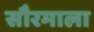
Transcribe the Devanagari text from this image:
सौरमाला